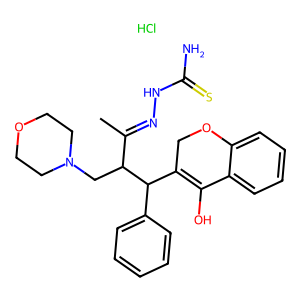
SMILES: CC(=NNC(N)=S)C(CN1CCOCC1)C(C1=C(O)c2ccccc2OC1)c1ccccc1.Cl
Inhibits HIV replication: No